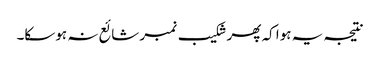
نتیجہ یہ ہوا کہ پھر شکیب نمبر شائع نہ ہوسکا۔